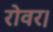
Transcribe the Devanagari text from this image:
रोवर।